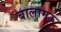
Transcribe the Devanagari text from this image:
बालामऊ